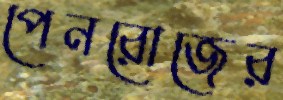
পেনরোজের